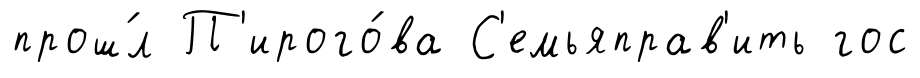
прош́л П'ирого́ва С'емьяправ'ить гос